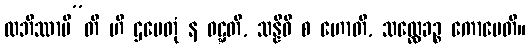
လဘိဿာမီ”တိ ဟိ ဌပေတုံ န ဝဋ္ဋတိ, သန္နိဓိ စ ဟောတိ, သလ္လေခဉ္စ ကောပေတိ။